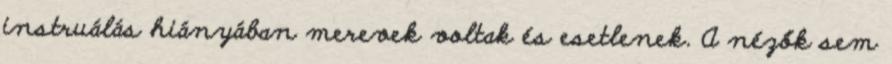
instruálás hiányában merevek voltak és esetlenek. A nézők sem